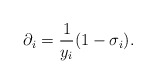
\begin{align*} \partial_{i} = \frac 1{y_{i}} (1 -\sigma_{i}).\end{align*}